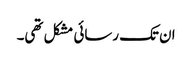
ان تک رسائی مشکل تھی۔